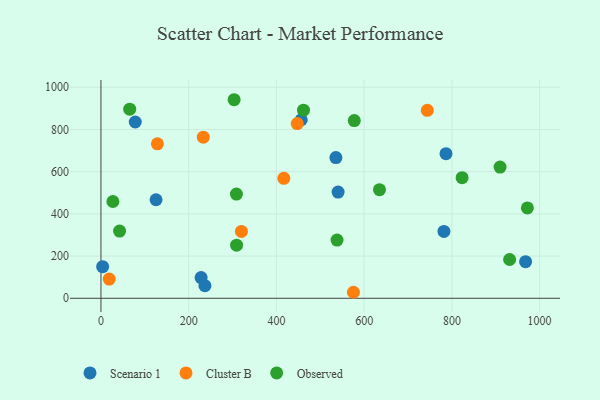
{"axis": {"x": "Distance", "y": "Sales"}, "legend": ["Cluster B", "Observed", "Scenario 1"], "data": [{"x": "228.3", "y": 98.0, "type": "Scenario 1"}, {"x": "535.6", "y": 667.0, "type": "Scenario 1"}, {"x": "3.8", "y": 149.9, "type": "Scenario 1"}, {"x": "78.2", "y": 835.5, "type": "Scenario 1"}, {"x": "781.9", "y": 316.9, "type": "Scenario 1"}, {"x": "786.6", "y": 685.3, "type": "Scenario 1"}, {"x": "968.0", "y": 173.7, "type": "Scenario 1"}, {"x": "540.6", "y": 503.2, "type": "Scenario 1"}, {"x": "237.0", "y": 59.8, "type": "Scenario 1"}, {"x": "456.7", "y": 846.2, "type": "Scenario 1"}, {"x": "125.6", "y": 467.0, "type": "Scenario 1"}, {"x": "233.3", "y": 763.4, "type": "Cluster B"}, {"x": "320.2", "y": 317.0, "type": "Cluster B"}, {"x": "744.0", "y": 890.8, "type": "Cluster B"}, {"x": "18.9", "y": 91.0, "type": "Cluster B"}, {"x": "128.7", "y": 732.2, "type": "Cluster B"}, {"x": "447.5", "y": 827.8, "type": "Cluster B"}, {"x": "575.6", "y": 28.5, "type": "Cluster B"}, {"x": "416.9", "y": 568.4, "type": "Cluster B"}, {"x": "65.5", "y": 896.4, "type": "Observed"}, {"x": "577.5", "y": 842.3, "type": "Observed"}, {"x": "27.2", "y": 458.7, "type": "Observed"}, {"x": "42.4", "y": 318.6, "type": "Observed"}, {"x": "823.3", "y": 571.6, "type": "Observed"}, {"x": "303.6", "y": 941.0, "type": "Observed"}, {"x": "309.2", "y": 251.9, "type": "Observed"}, {"x": "538.2", "y": 276.0, "type": "Observed"}, {"x": "909.8", "y": 621.7, "type": "Observed"}, {"x": "972.1", "y": 428.1, "type": "Observed"}, {"x": "635.0", "y": 514.6, "type": "Observed"}, {"x": "308.8", "y": 493.8, "type": "Observed"}, {"x": "461.7", "y": 891.3, "type": "Observed"}, {"x": "931.6", "y": 183.8, "type": "Observed"}]}